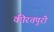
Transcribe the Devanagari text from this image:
कीरतपुरी